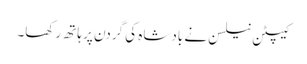
کیپٹن نیلسن نے بادشاہ کی گردن پر ہاتھ رکھا۔